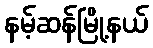
နမ့်ဆန်မြို့နယ်